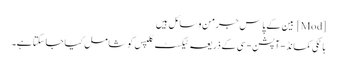
[Mod] بین کے پاس جرمن وسائل ہیں
ہاٹکی کمانڈ-آپشن-سی کے ذریعہ ٹیکسٹ کلپس کو شامل کیا جاسکتا ہے۔